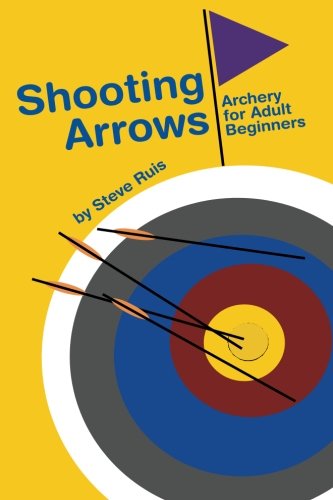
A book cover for Shooting Arrows: Archery for Adult Beginners; Steve Ruis; Sports & Outdoors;